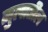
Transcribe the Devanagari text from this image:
मुलातील